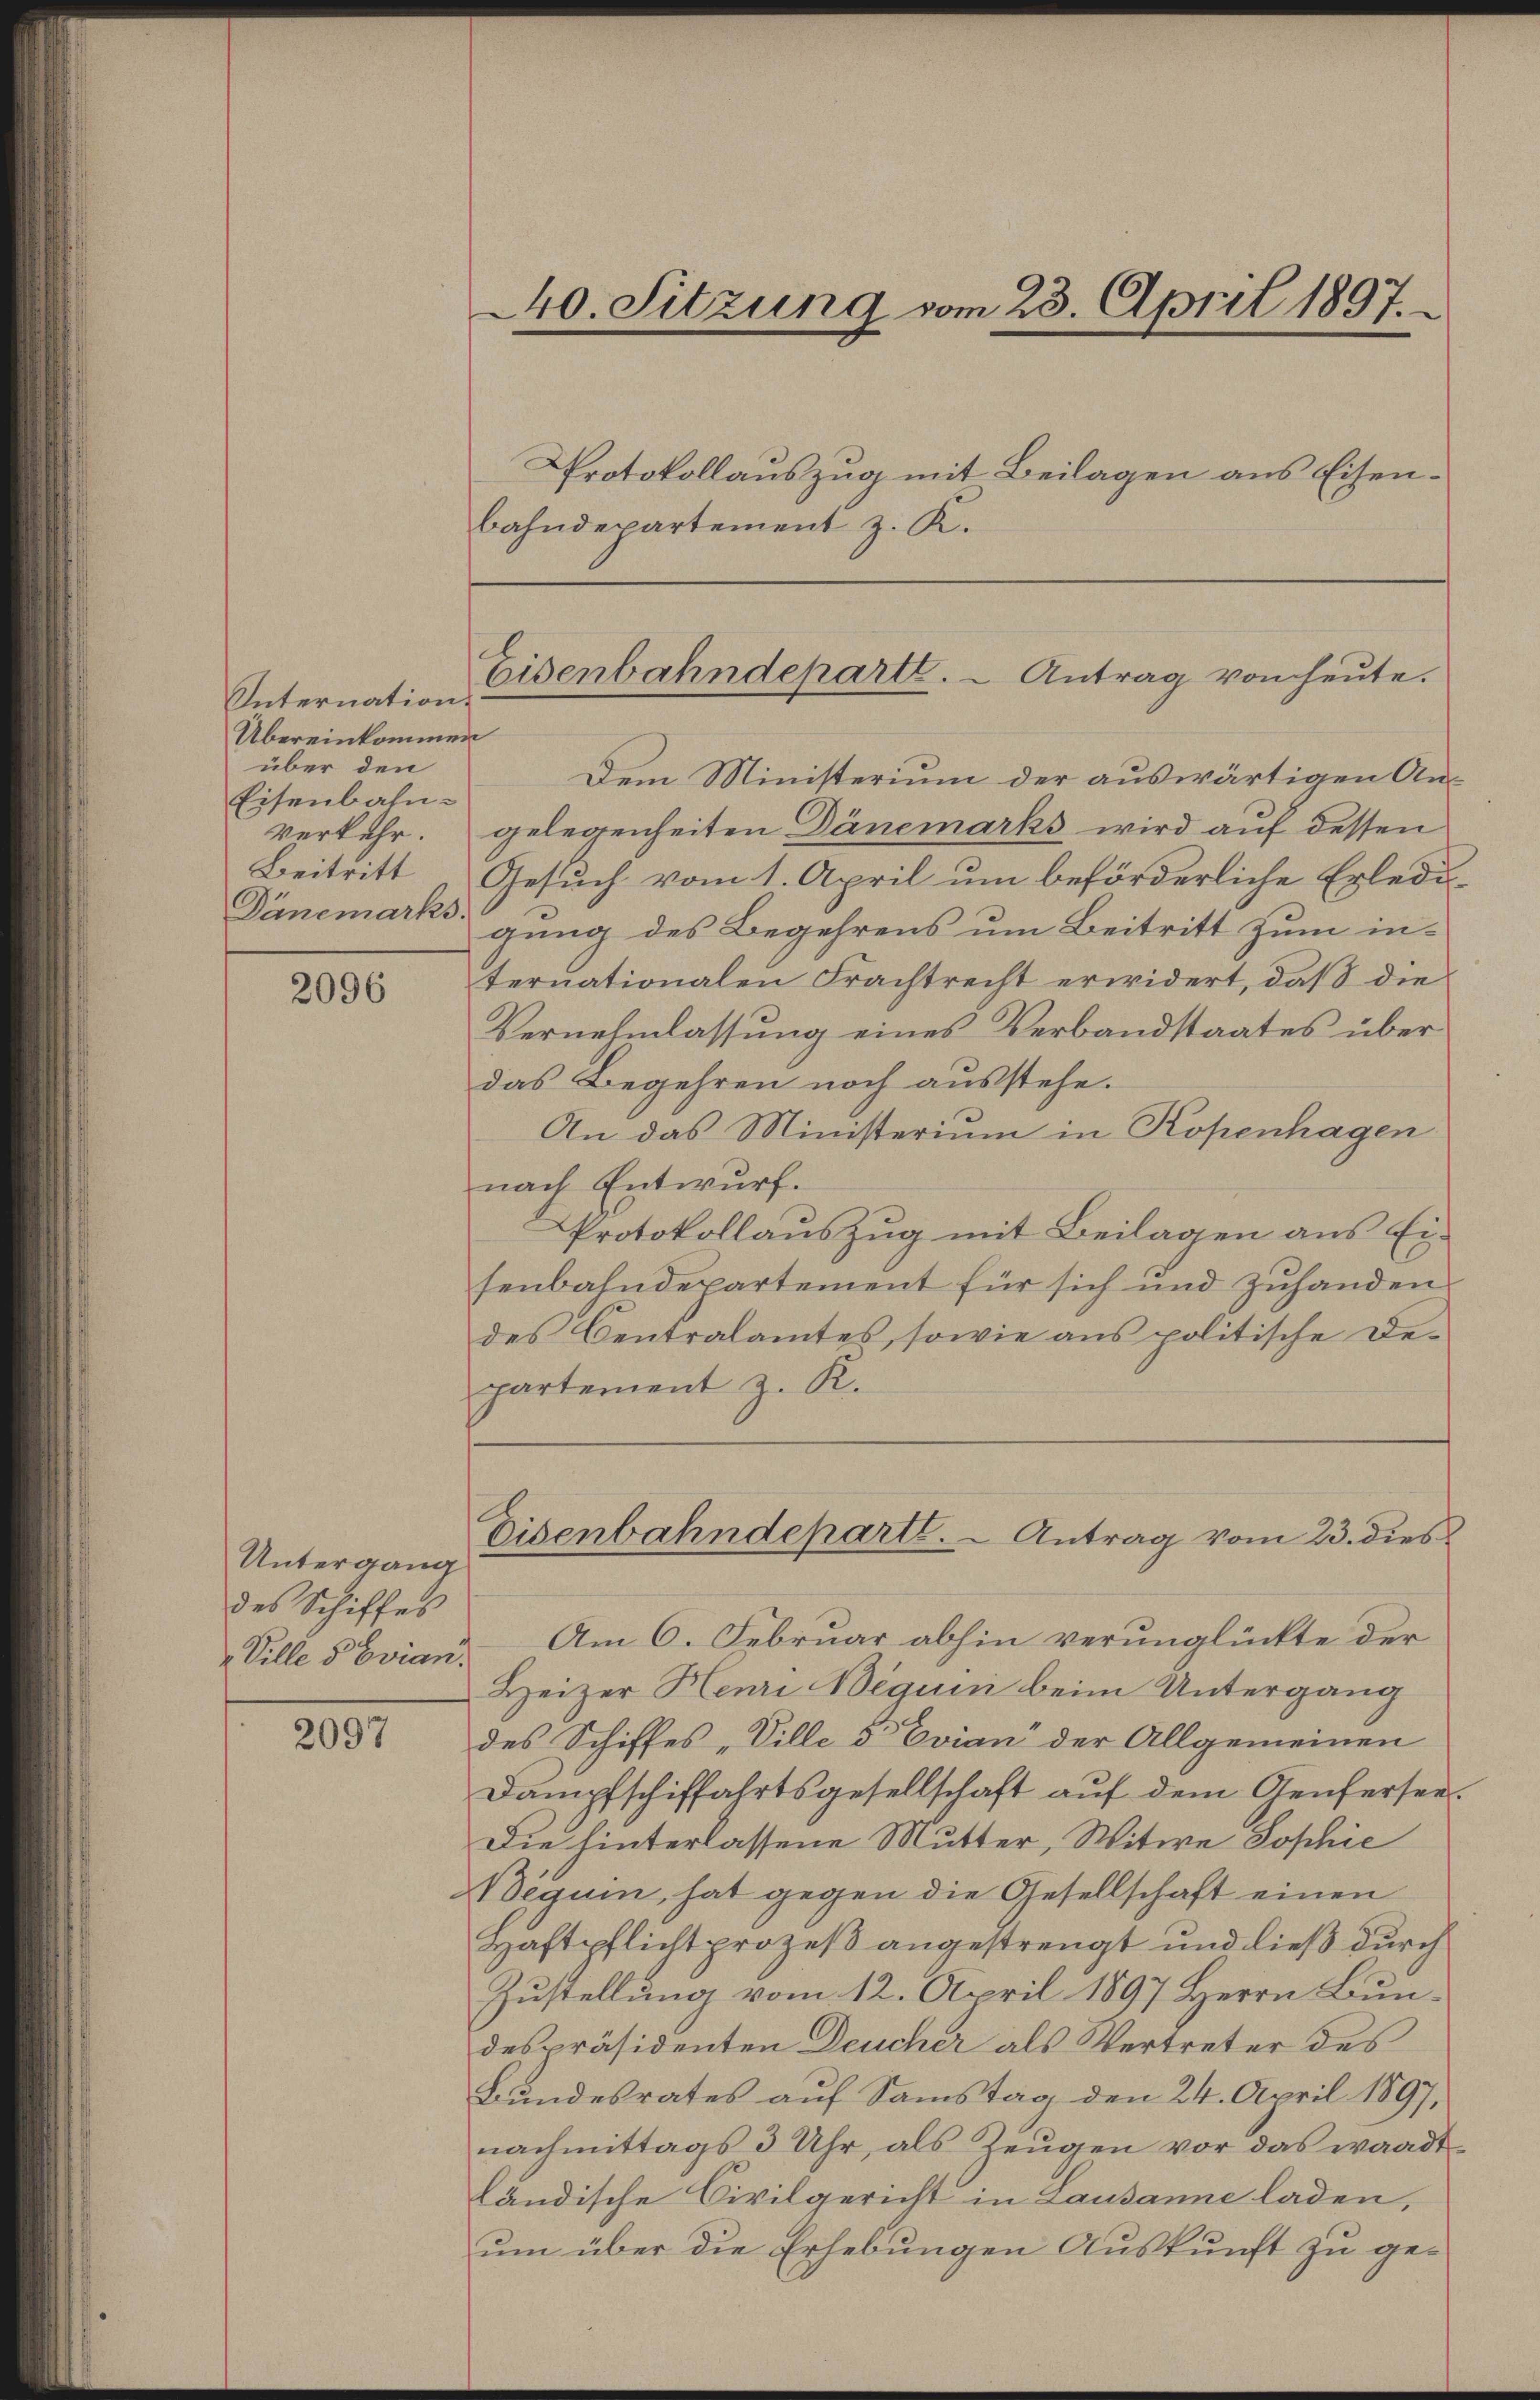
Internation.
Übereinkommen
über den
Eisenbahn¬
Verkehr.
Beitritt
Dänemarks

2096

Untergang
des Schiffes
Ville 5 Evian.

2097

240. Sitzung vom 23. April 1897.
Protokollauszug mit Beilagen aus Eisenbahndepartement z. K.

Eisenbahndeparte. - Antrag von heute.

Dem Ministerium der auswärtigen Angelegenheiten Dänemarks wird auf dessen
Gesuch vom 1. April um beförderliche Erledi-
gung des Begehrens um Beitritt zum internationalen Frachtrecht erwidert, daß die
Vernehmlassung eines Verbandstaates über
das Begehren noch ausstehe.
An das Ministerium in Kopenhagen
nach Entwurf.
Protokollauszug mit Beilagen aus Ei-
senbahndepartement für sich und zuhanden
des Centralamtes, sowie aus politische De-
partement z. K.
Eisenbahndeparte. - Antrag vom 23. dies
Am 6. Februar abhin verunglückte der
Heizer Henri Beguin beim Untergang
des Schiffes „Ville d Evian der Allgemeinen
Dampfschiffahrtsgesellschaft auf dem Genfersee
Die hinterlassene Mutter, Witwe Sophie
eguin, hat gegen die Gesellschaft einen
Haftpflichtprozeß angestrengt und dieß durch
Zustellung vom 12. April 1897 Herrn Bundespräsidenten Deucher als Vertreter des
Bundesrates auf Samstag den 24. April 1897,
nachmittags 3 Uhr, als Zeugen vor das waadt
ländische Civilgericht in Lausanne laden,
um über die Erhebungen Auskunft zu ge¬